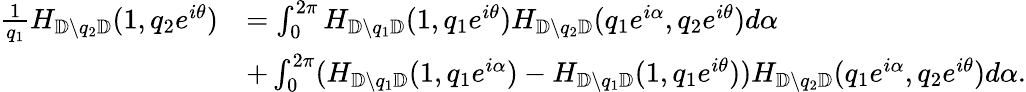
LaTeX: \begin{array}{rl}{\frac{1}{q_{1}}H_{{\mathbb{D}}\setminus q_{2}{\mathbb{D}}}(1,q_{2}e^{i\theta})}&{=\int_{0}^{2\pi}H_{{\mathbb{D}}\setminus q_{1}{\mathbb{D}}}(1,q_{1}e^{i\theta})H_{{\mathbb{D}}\setminus q_{2}{\mathbb{D}}}(q_{1}e^{i\alpha},q_{2}e^{i\theta})d\alpha}\\ &{+\int_{0}^{2\pi}(H_{{\mathbb{D}}\setminus q_{1}{\mathbb{D}}}(1,q_{1}e^{i\alpha})-H_{{\mathbb{D}}\setminus q_{1}{\mathbb{D}}}(1,q_{1}e^{i\theta}))H_{{\mathbb{D}}\setminus q_{2}{\mathbb{D}}}(q_{1}e^{i\alpha},q_{2}e^{i\theta})d\alpha.}\end{array}